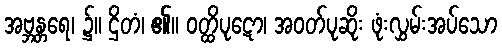
အဗ္ဘန္တရေ၊ ၌။ ဌိတံ၊ ၏။ ဝတ္ထိပုဋော၊ အဝတ်ပုဆိုး ဖုံးလွှမ်းအပ်သော